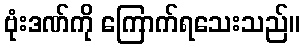
ဗုံးဒဏ်ကို ကြောက်ရသေးသည်။